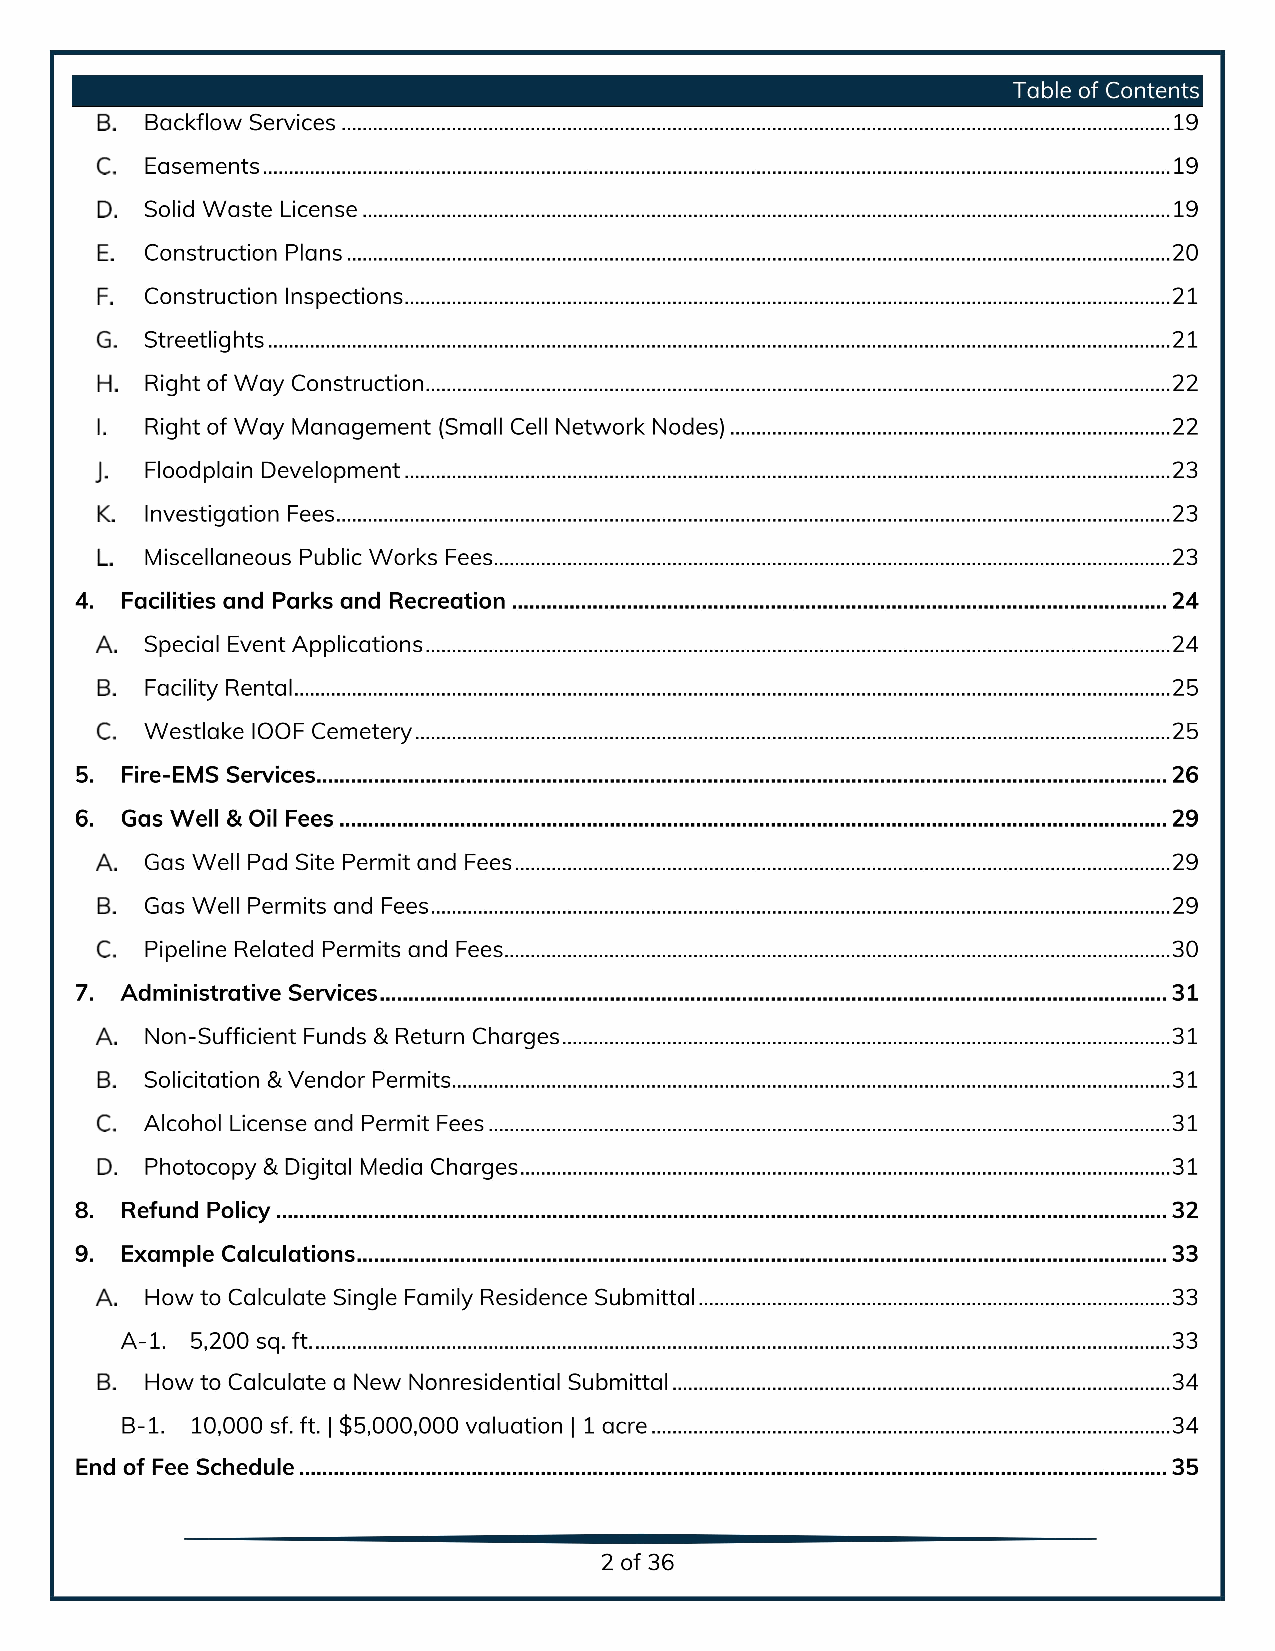
Table ofContents
 Backflow Services ......................................................................................................................................1..9......................
 Easements ...................................................................................................................................................1..9........................
 Solid Waste License ..................................................................................................................................1..9......................
 Construction Plans ................................................................................................................................2..0...........................
 Construction Inspections .......................................................................................................................2..1.........................
 Streetlights ..........................................................................................................................................2..1................................
 Right ofWay Construction ..................................................................................................................2...2.........................
 Right ofWay Management (Small Cell Network Nodes) .....................................................................2..2.............
 Floodplain Development ......................................................................................................................2..3..........................
 Investigation Fees ..........................................................................................................................................2..3...................
 Miscellaneous Public Works Fees................................................................................................................2..3...............
 4. Facilities and Parks and Recreation ....................................................................................................2..4............
 Special Event Applications ................................................................................................................2..4............................
 Facility Rental ......................................................................................................................................2..5...............................
 Westlake IOOF Cemetery ......................................................................................................................2..5........................
 5. Fire-EMS Services .....................................................................................................................................2..6.............
 6. Gas Well & Oil Fees .........................................................................................................................................2..9.....
 Gas Well Pad Site Permit and Fees .............................................................................................................2..9..............
 Gas Well Permits and Fees ...........................................................................................................................2..9................
 Pipeline Related Permits and Fees ..............................................................................................................3...0..............
 7. Administrative Services ...........................................................................................................................3..1............
 Non-Sufficient Funds & Return Charges ................................................................................................3..1..................
 Solicitation & Vendor Permits................................................................................................................3..1.......................
 Alcohol License and Permit Fees .................................................................................................................3...1..............
 Photocopy & Digital Media Charges .....................................................................................................3...1....................
 8. Refund Policy ........................................................................................................................................3..2.................
 9. Example Calculations .........................................................................................................................3..3..................
 How toCalculate Single Family Residence Submittal .......................................................................3..3.................
 A-1. 5,200 sq. ft. ..........................................................................................................3..3.......................................................
 How toCalculate aNew Nonresidential Submittal ............................................................................3..4.................
 B-1. 10,000 sf. ft. | $5,000,000 valuation | 1acre ................................................................................3...4................
 End ofFee Schedule .......................................................................................................................................3..5..............
 2of36